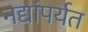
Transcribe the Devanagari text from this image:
नद्यांपर्यत